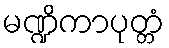
မဏ္ဍိကာပုတ္တံ